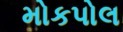
મોકપોલ